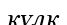
күлк